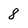
Character: 8